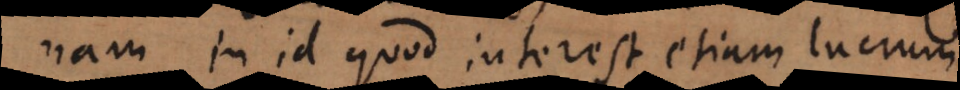
nam in id quod interest etiam lucrum